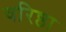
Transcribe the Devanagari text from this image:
वरिष्ठा